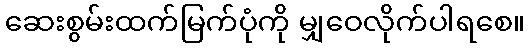
ဆေးစွမ်းထက်မြက်ပုံကို မျှဝေလိုက်ပါရစေ။